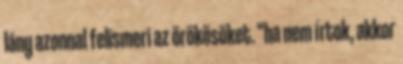
lány azonnal felismeri az örökösöket. "ha nem írtok, akkor